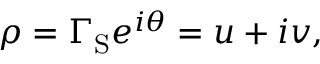
\rho = \Gamma _ { \mathrm { S } } e ^ { i \theta } = u + i v ,